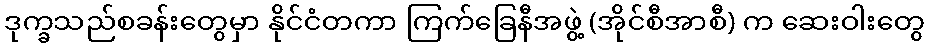
ဒုက္ခသည်စခန်းတွေမှာ နိုင်ငံတကာ ကြက်ခြေနီအဖွဲ့ (အိုင်စီအာစီ) က ဆေးဝါးတွေ